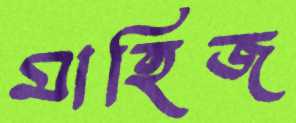
মাহিজ